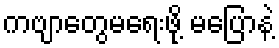
ကဗျာတွေမရေးဖို့ မပြောနဲ့